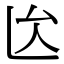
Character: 𠫙